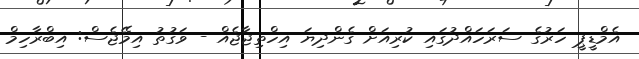
އެމްޑީޕީ ހަރުގެ ސަރަހައްދުގައި ކުރިއަށް ގެންދިޔަ އިހްތިޖާޖެއް - ވަގުތު އިމޭޖެސް: އިިބްރާހިމް